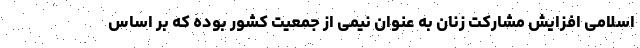
اسلامی افزایش مشارکت زنان به عنوان نیمی از جمعیت کشور بوده که بر اساس